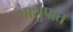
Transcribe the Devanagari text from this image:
पाशुपात